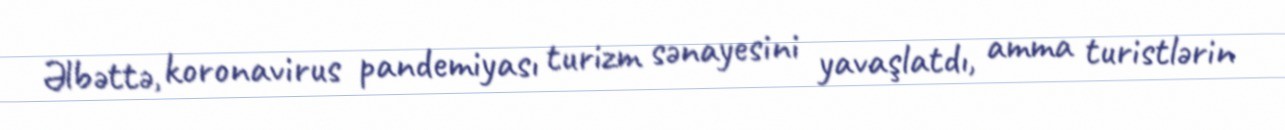
Əlbəttə, koronavirus pandemiyası turizm sənayesini yavaşlatdı, amma turistlərin